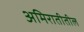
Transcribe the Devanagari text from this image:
अमिरातीतील